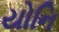
યોનિ